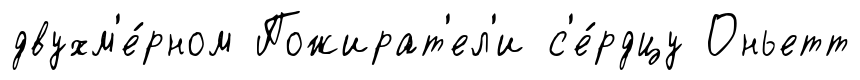
двухм'е́рном Пожират'ел'и с'е́рдцу Оньетт